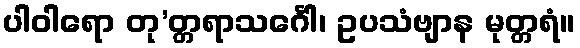
ပါဝါရော တု’တ္တရာသင်္ဂေါ၊ ဥပသံဗျာန မုတ္တရံ။